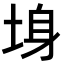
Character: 𡌏